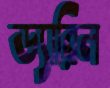
ড্যারিল